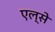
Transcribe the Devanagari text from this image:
एल्से